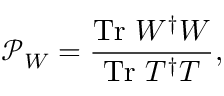
\mathcal { P } _ { W } = \frac { \mathrm { T r } ~ W ^ { \dagger } W } { \mathrm { T r } ~ T ^ { \dagger } T } ,